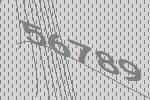
56789